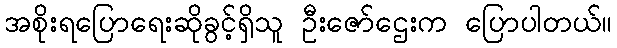
အစိုးရပြောရေးဆိုခွင့်ရှိသူ ဦးဇော်ဌေးက ပြောပါတယ်။